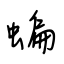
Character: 蝙